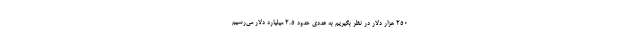
250 هزار دلار در نظر بگیریم به عددی حدود 2.5 میلیارد دلار می‌رسیم